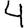
Digit: 4